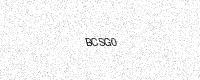
Text: BCSG0